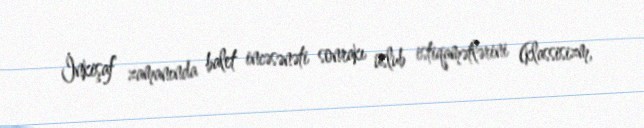
İnkişaf zamanında balet incəsənəti sonrakı üslub istiqamətlərini (klassisizm,